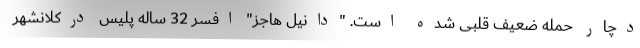
دچار حمله ضعیف قلبی شده است. "دانیل هاجز" افسر 32 ساله پلیس درکلانشهر